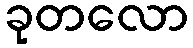
ခုတလော